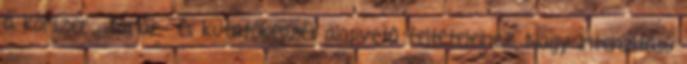
a korszerű tanár- és kutatóképzés alapvetô feltételeihez. Nagy intenzitású